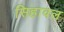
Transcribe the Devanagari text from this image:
सिहावल